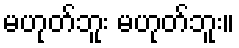
မဟုတ်ဘူး မဟုတ်ဘူး။